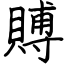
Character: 賻